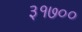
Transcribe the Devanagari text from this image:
३१७००